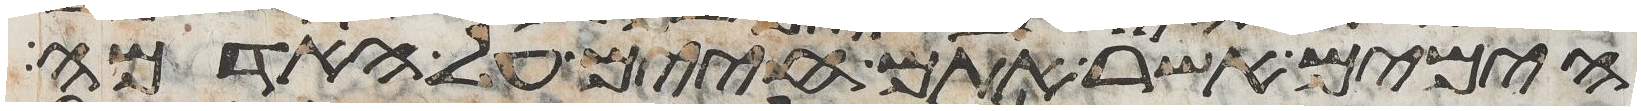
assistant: הימים אשר אתם חיים על האדמה